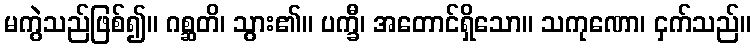
မကွဲသည်ဖြစ်၍။ ဂစ္ဆတိ၊ သွား၏။ ပက္ခီ၊ အတောင်ရှိသော။ သကုဏော၊ ငှက်သည်။